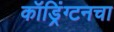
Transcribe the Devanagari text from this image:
कॉड्रिंग्टनचा